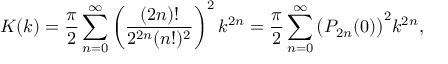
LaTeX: K ( k ) = { \frac { \pi } { 2 } } \sum _ { n = 0 } ^ { \infty } \left( { \frac { ( 2 n ) ! } { 2 ^ { 2 n } ( n ! ) ^ { 2 } } } \right) ^ { 2 } k ^ { 2 n } = { \frac { \pi } { 2 } } \sum _ { n = 0 } ^ { \infty } { \bigl ( } P _ { 2 n } ( 0 ) { \bigr ) } ^ { 2 } k ^ { 2 n } ,